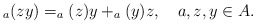
\begin{align*}_a(zy)=_a(z)y + _a(y)z,\ \ \ a, z, y\in A.\end{align*}